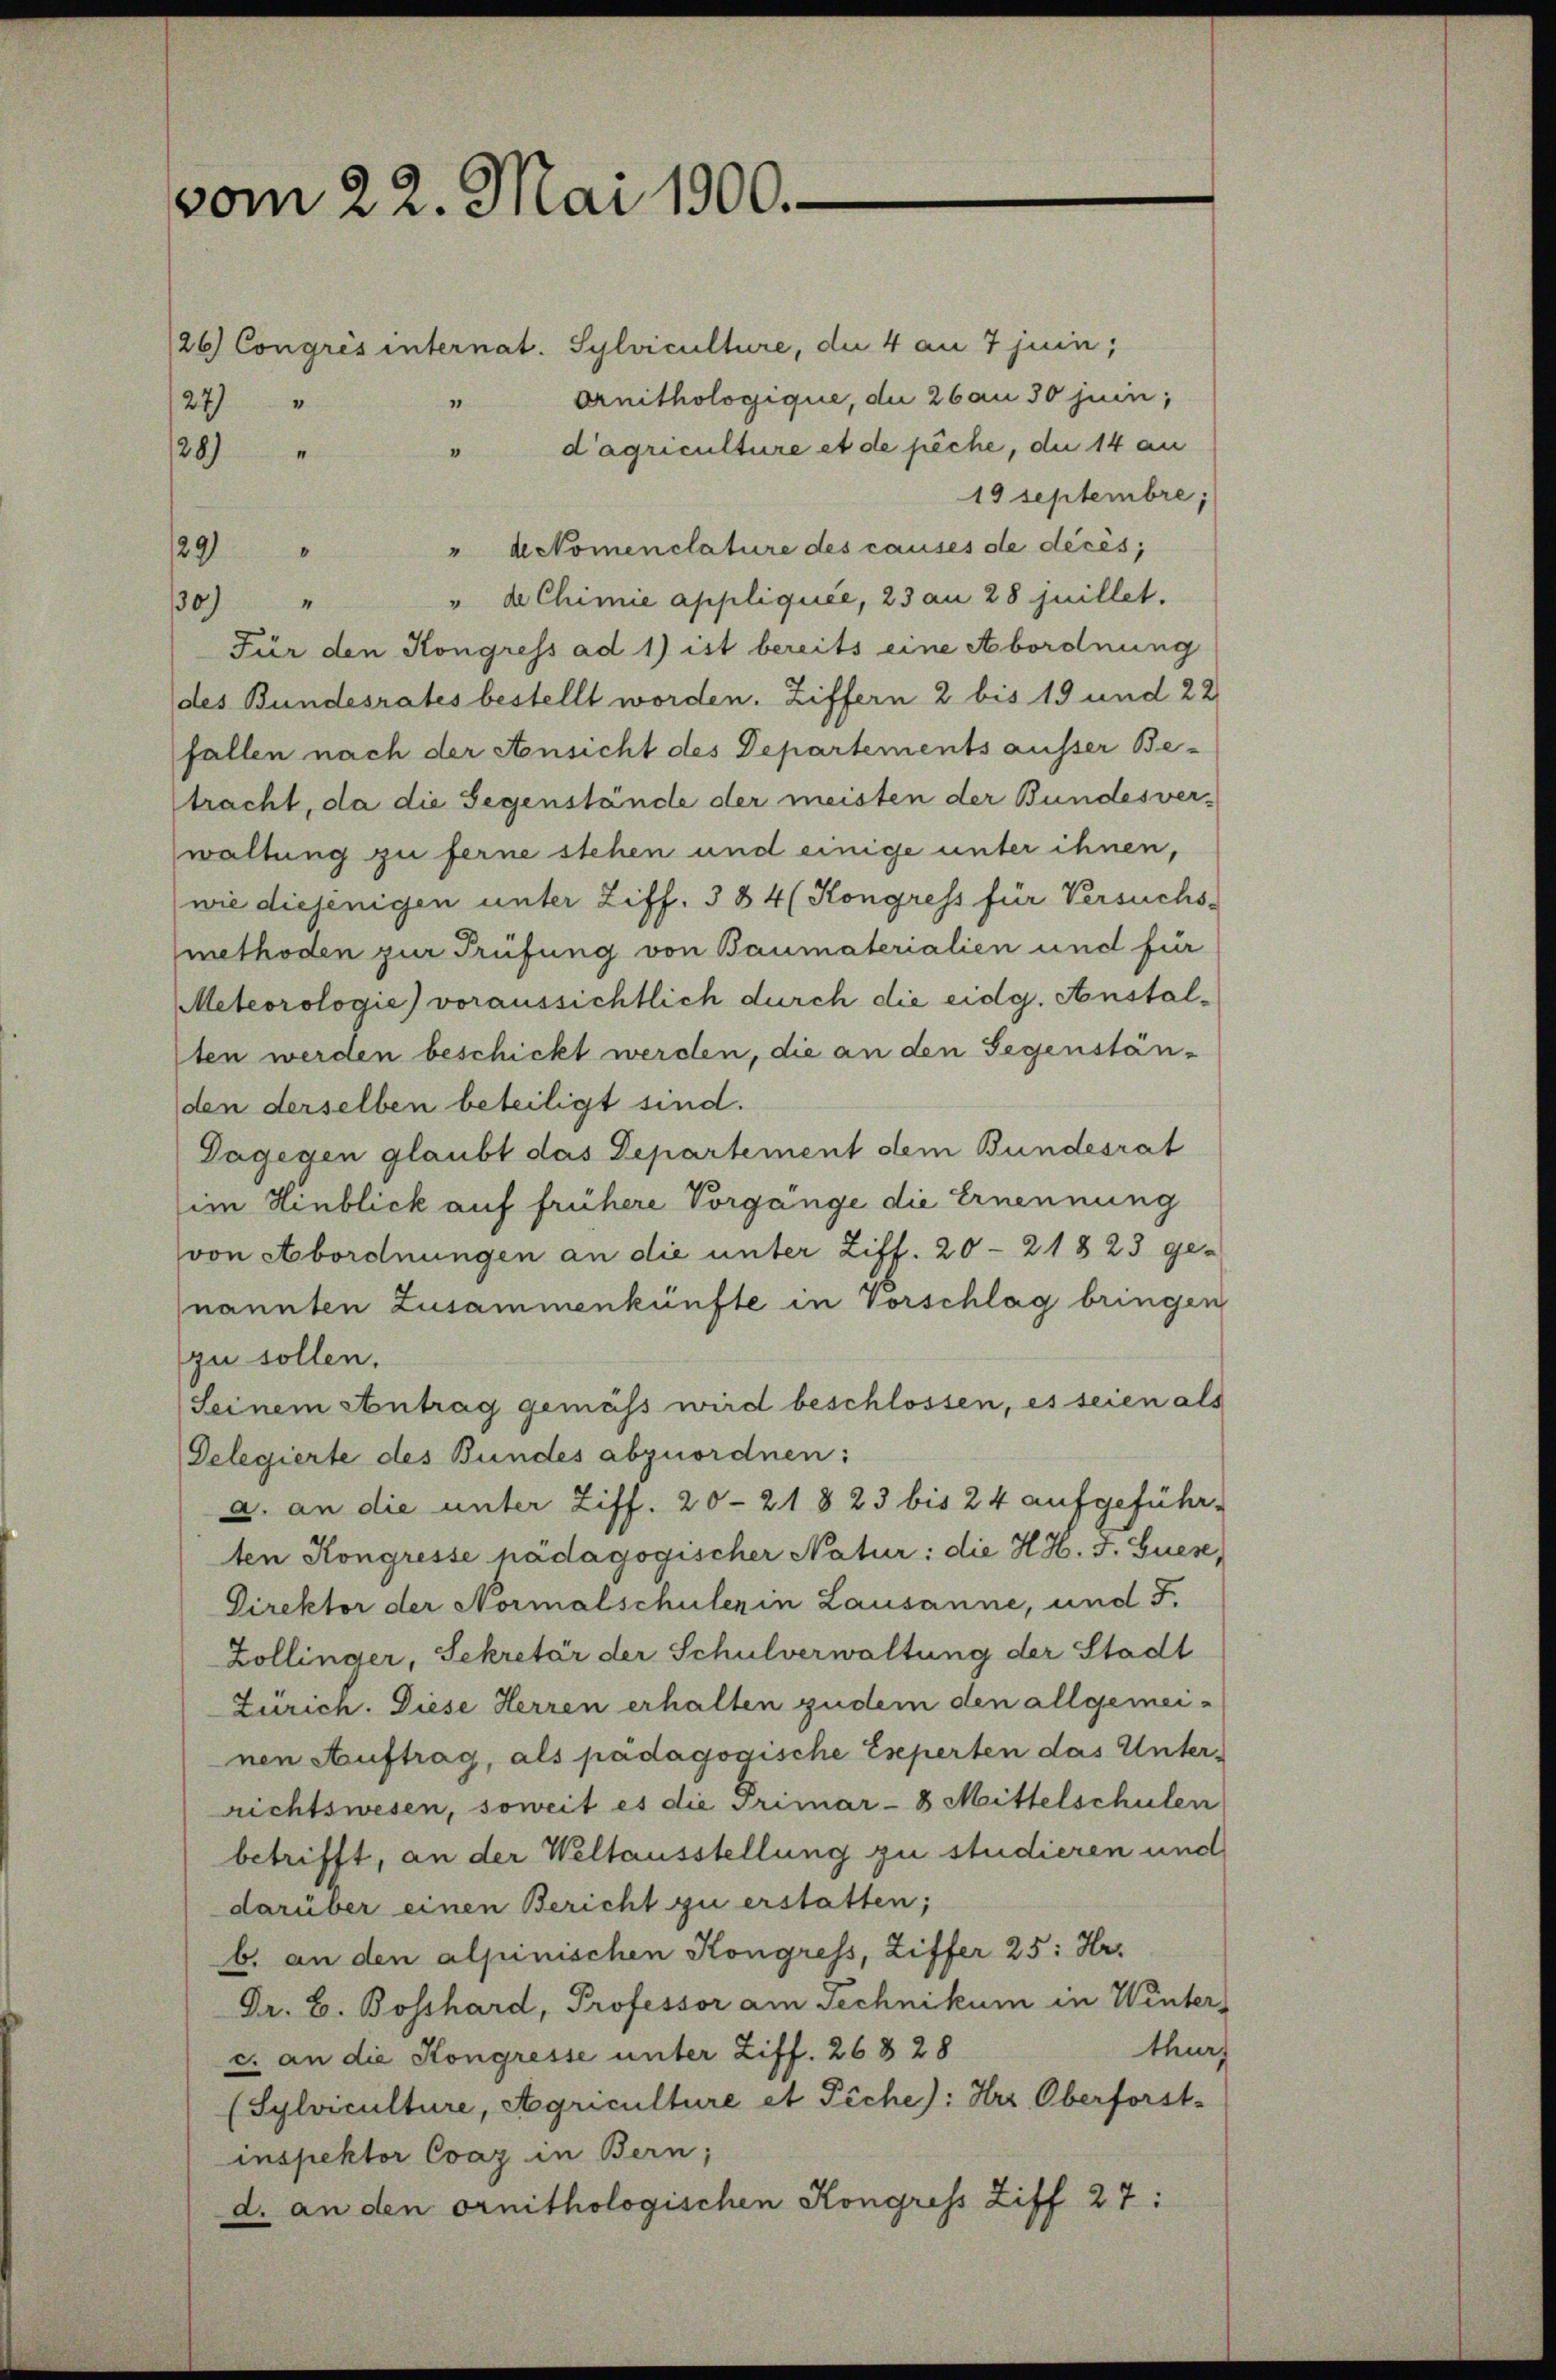
vom 22. Mai 1900.
/26) Congrés internat. Sylviculture, die 4 au 7 juin;
24)

Ornithologique, die 26au 30 jun;
d’agriculture et de pêche, die 14 an
28)
19 Septembre;
" dekomenclature des causes de décès,
129
" de Chimie appliquée, 23 an 28 juillet.
30.) "
Für den Kongress ad 1) ist bereits eine Abordnung
des Bundesrates bestellt worden. Ziffern 2 bis 19 und 22
fallen nach der Ansicht des Departements ausser Be-
tracht, da die Gegenstände der meisten der Bundesver-
waltung zu ferne stehen und einige unter ihnen,
wie diejenigen unter Ziff. 384 (Kongress für Versuchs-
methoden zur Prüfung von Baumaterialien und für
Meteorologie) voraussichtlich durch die eidg. Anstalten werden beschickt werden, die an den Gegenstän-
den derselben beteiligt sind.
Dagegen glaubt das Departement dem Bundesrat
im Hinblick auf frühere Vorgange die Ernennung
von Abordnungen an die unter Ziff. 20 - 21823 ge-
nannten Zusammenkünfte in Vorschlag bringen
zu sollen.
Seinem Antrag gemäss wird beschlossen, es seien als
Gelegierte des Bundes abzuordnen:
a. an die unter Ziff. 20—218 23 bis 24 aufgeführ-
ten Kongresse hädagogischer Natur: die H.H. J. Guen,
Direktor der Normalschulen in Lausanne, und F.
Zollinger, Sekretär der Schulverwaltung der Stadt
Zürich. Diese Herren erhalten zudem den allgemei-
nen Auftrag, als pädagogische Eseperten das Unter-
richtswesen, soweit es die Primar- 8 Mittelschulen
betrifft, an der Weltausstellung zu studieren und
darüber einen Bericht zu erstatten;
b. an den alpinischen Kongress, Ziffer 25: Hr.
Dr. B. Bosshard, Professor am Technikum in Winter
thurf
c. an die Kongresse unter Ziff. 268 28
(Sylviculture, Agriculture et Pèche): Hrr Oberforst-
inspektor Cvaz in Bern;
d. an den ornithologischen Kongress Ziff 27: